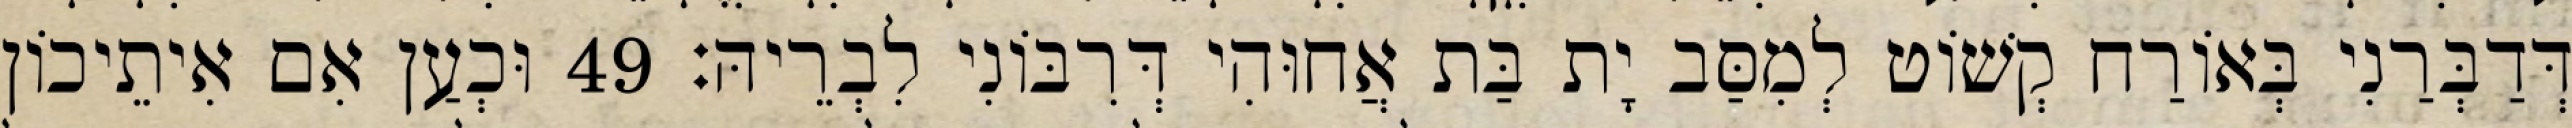
דְּדַבְּרַנִי בְּאוֹרַח קְשׁוֹט לְמִסַּב יָת בַּת אֲחוּהִי דְּרִבּוֹנִי לִבְרֵיהּ׃ 49 וּכְעַן אִם אִיתֵיכוֹן